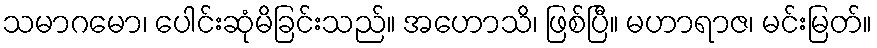
သမာဂမော၊ ပေါင်းဆုံမိခြင်းသည်။ အဟောသိ၊ ဖြစ်ပြီ။ မဟာရာဇ၊ မင်းမြတ်။